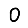
Digit: 0